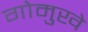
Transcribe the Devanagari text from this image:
गोमुखे